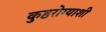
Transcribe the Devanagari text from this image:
कुष्ठरोग्याशी